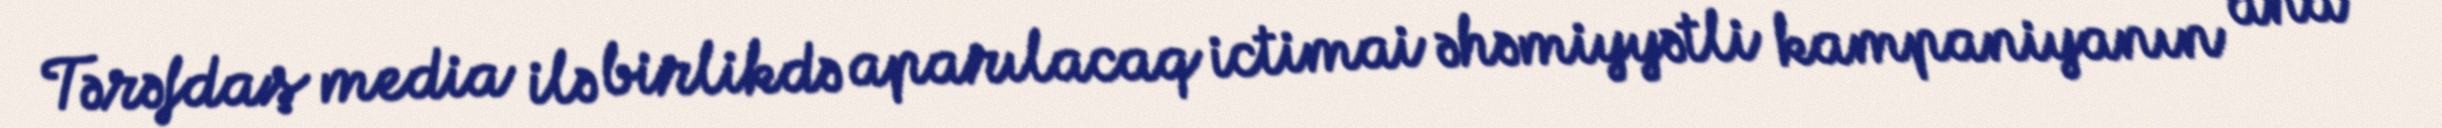
Tərəfdaş media ilə birlikdə aparılacaq ictimai əhəmiyyətli kampaniyanın ana